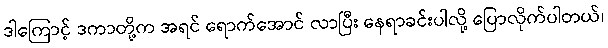
ဒါကြောင့် ဒကာတို့က အရင် ရောက်အောင် လာပြီး နေရာခင်းပါလို့ ပြောလိုက်ပါတယ်၊